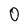
Character: 0